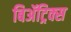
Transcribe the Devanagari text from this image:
बिॲट्रिक्स